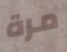
مرة